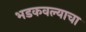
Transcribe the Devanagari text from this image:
भडकवल्याचा